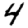
Digit: 4